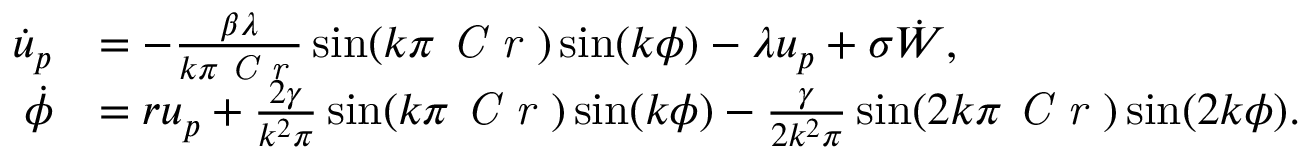
\begin{array} { r l } { \dot { u } _ { p } } & { = - \frac { \beta \lambda } { k \pi \mathrm { \textit { C r } } } \sin ( k \pi \mathrm { \textit { C r } } ) \sin ( k \phi ) - \lambda u _ { p } + \sigma \dot { W } , } \\ { \dot { \phi } } & { = r u _ { p } + \frac { 2 \gamma } { k ^ { 2 } \pi } \sin ( k \pi \mathrm { \textit { C r } } ) \sin ( k \phi ) - \frac { \gamma } { 2 k ^ { 2 } \pi } \sin ( 2 k \pi \mathrm { \textit { C r } } ) \sin ( 2 k \phi ) . } \end{array}